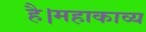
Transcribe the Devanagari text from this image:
है।महाकाव्य